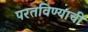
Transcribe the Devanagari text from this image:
परतविण्याची